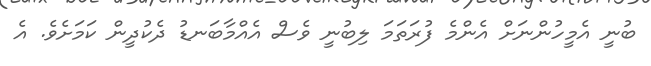
ބުނީ އެމީހުންނަށް އެންމެ ފުރަތަމަ ލިބުނީ ވެސް އެއްމާބަނޑު ދެކުދީން ކަމަށެވެ. އެ